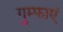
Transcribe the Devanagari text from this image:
गुम्फाएं